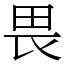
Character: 畏